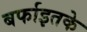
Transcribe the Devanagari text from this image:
बर्फाइतके